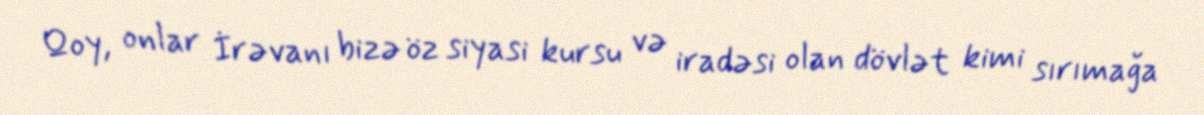
Qoy, onlar İrəvanı bizə öz siyasi kursu və iradəsi olan dövlət kimi sırımağa